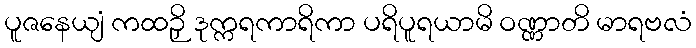
ပူဇနေယျံ ကထဉှိ ဒုက္ကရကာရိကာ ပရိပူရယာမိ ဝဏ္ဏာတိ မာရဗလံ